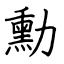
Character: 勳